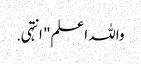
واللہ اعلم" انتہی .